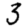
Digit: 3